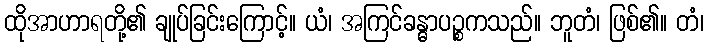
ထိုအာဟာရတို့၏ ချုပ်ခြင်းကြောင့်။ ယံ၊ အကြင်ခန္ဓာပဉ္စကသည်။ ဘူတံ၊ ဖြစ်၏။ တံ၊